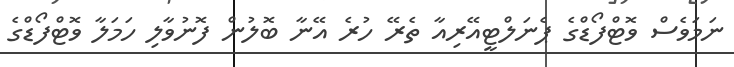
ނަމަވެސް ވޮޓްފޯޑްގެ ޕެނަލްޓީއޭރިއާ ތެރޭ ހުރެ އޭނާ ބޮލުން ފޮނުވާލި ހަމަލާ ވޮޓްފޯޑްގެ